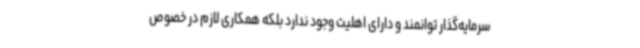
سرمایه‌گذار توانمند و دارای اهلیت وجود ندارد بلکه همکاری لازم در خصوص